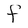
Character: f